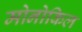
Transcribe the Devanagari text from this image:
मोनोकिल